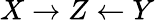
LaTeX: X\rightarrow Z\leftarrow Y